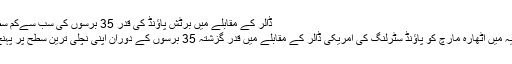
ڈالر کے مقابلے میں برٹش پاؤنڈ کی قدر 35 برسوں کی سب سےکم سطح پر
برطانیہ میں اٹھارہ مارچ کو پاؤنڈ سٹرلنگ کی امریکی ڈالر کے مقابلے میں قدر گزشتہ 35 برسوں کے دوران اپنی نچلی ترین سطح پر پہنچ گئی۔